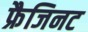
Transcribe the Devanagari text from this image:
फ्रैजिनट